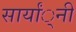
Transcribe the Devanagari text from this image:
सार्यां्नी